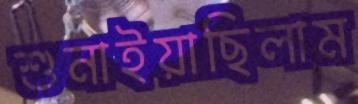
শুনাইয়াছিলাম